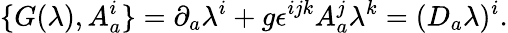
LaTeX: \{ G(\lambda),A_{a}^{i}\} =\partial_{a}\lambda^{i}+g\epsilon^{ijk}A_{a}^{j}\lambda^{k}=(D_{a}\lambda)^{i}.